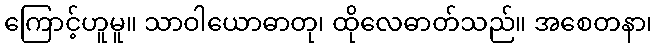
ကြောင့်ဟူမူ။ သာဝါယောဓာတု၊ ထိုလေဓာတ်သည်။ အစေတနာ၊